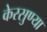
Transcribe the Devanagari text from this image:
केरसुण्या